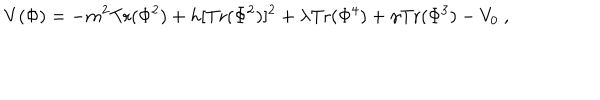
V ( \Phi ) = - m ^ { 2 } \mathrm { T r } ( \Phi ^ { 2 } ) + h [ \mathrm { T r } ( \Phi ^ { 2 } ) ] ^ { 2 } + \lambda \mathrm { T r } ( \Phi ^ { 4 } ) + \gamma \mathrm { T r } ( \Phi ^ { 3 } ) - V _ { 0 } \ ,